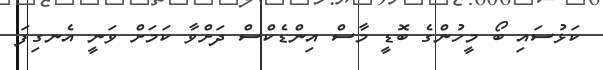
ކަޅުސައި ބޯ މީހުންގެ ބޮޑީ މާސް އިންޑެކްސް ދަށްވާ ކަމަށް ވަނީ އެނގިފަ